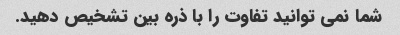
شما نمی توانید تفاوت را با ذره بین تشخیص دهید.